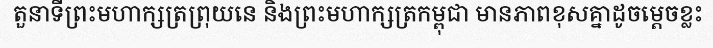
តួនាទីព្រះមហាក្សត្រព្រុយនេ និងព្រះមហាក្សត្រកម្ពុជា មានភាពខុសគ្នាដូចម្តេចខ្លះ